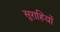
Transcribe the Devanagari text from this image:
सुराहियों